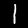
Label: 1